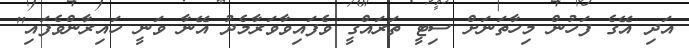
އަދި އޭގެ ފަހުން މިހާތަނަށް ސިޓީ ތަރައްގީ ވެފައިވާވަރާމެދު އޭނާ ވަނީ ހައިރާންވެފައި''